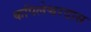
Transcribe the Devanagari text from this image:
कपिलेश्वरदास